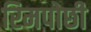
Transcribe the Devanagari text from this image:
रिमपोछी